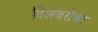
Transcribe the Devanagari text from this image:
दिशेबरोबर